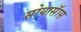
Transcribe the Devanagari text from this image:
सोयासॅास